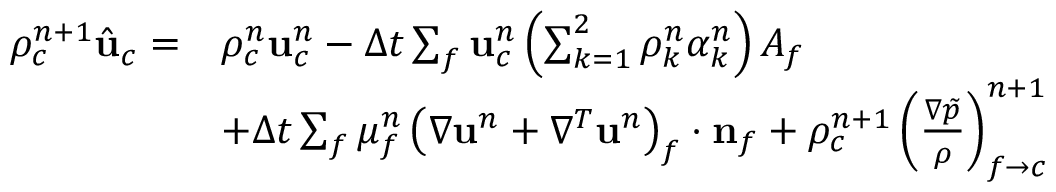
\begin{array} { r l } { \rho _ { c } ^ { n + 1 } \hat { \mathbf { u } } _ { c } = } & { \rho _ { c } ^ { n } \mathbf { u } _ { c } ^ { n } - \Delta t \sum _ { f } \mathbf { u } _ { c } ^ { n } \left( \sum _ { k = 1 } ^ { 2 } \rho _ { k } ^ { n } \alpha _ { k } ^ { n } \right) A _ { f } } \\ & { + \Delta t \sum _ { f } \mu _ { f } ^ { n } \left( \nabla \mathbf { u } ^ { n } + \nabla ^ { T } \mathbf { u } ^ { n } \right) _ { f } \cdot \mathbf { n } _ { f } + \rho _ { c } ^ { n + 1 } \left( \frac { \nabla \tilde { p } } { \rho } \right) _ { f \rightarrow c } ^ { n + 1 } } \end{array}